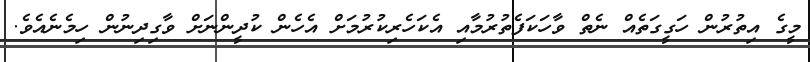
މީގެ އިތުރުން ހަގީގަތެއް ނެތް ވާހަކަފެތުރުމާއި އެކަހެރިކުރުމަށް އެހެން ކުދީންނަށް ވާގިދިނުން ހިމެނެއެވެ.